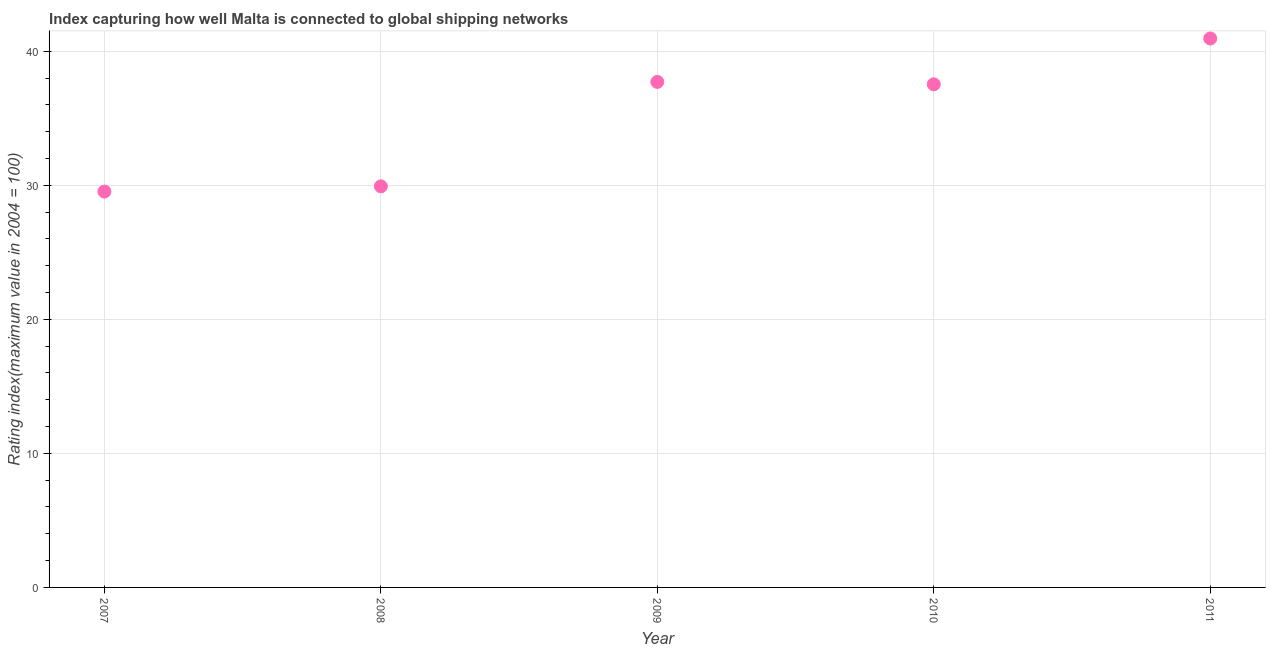
| Year | Liner shipping connectivity index  |
 | --- | --- |
 | 2007 | 29.5 |
 | 2008 | 29.9 |
 | 2009 | 37.7 |
 | 2010 | 37.5 |
 | 2011 | 41 |